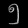
Digit: ၅